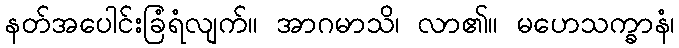
နတ်အပေါင်းခြံရံလျက်။ အာဂမာသိ၊ လာ၏။ မဟေသက္ခာနံ၊